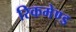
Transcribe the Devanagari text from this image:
रिकमेण्ड